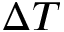
\Delta T